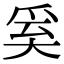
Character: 𭑑